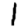
Digit: 1